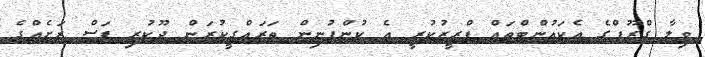
ވިލާ ގްރޫޕްގެ އެކައުންޓްތައް ފްރީޒުކުރީ އެ ކުންފުނިން ތަރައްގީކުރަން ދޫކުރި ފަސް ރަށެއްގެ